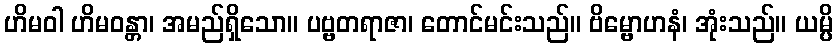
ဟိမဝါ ဟိမဝန္တာ၊ အမည်ရှိသော။ ပဗ္ဗတရာဇာ၊ တောင်မင်းသည်။ ဗိမ္ဗောဟနံ၊ အုံးသည်။ ယမ္ပိ